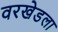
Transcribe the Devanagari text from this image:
वरखेडला